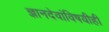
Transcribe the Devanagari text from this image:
ज्ञानदेवांविषयीही